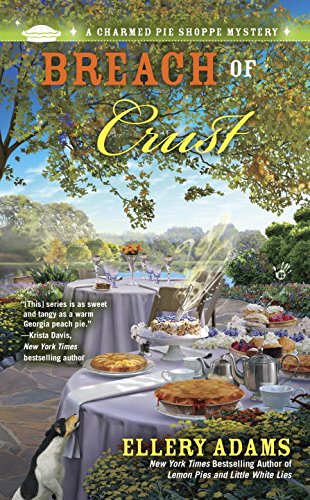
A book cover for Breach of Crust: A Charmed Pie Shoppe Mystery; Ellery Adams; Mystery, Thriller & Suspense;